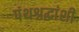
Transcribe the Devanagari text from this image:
पंथश्रद्धांशी